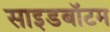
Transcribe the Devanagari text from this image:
साइडबॉटम